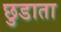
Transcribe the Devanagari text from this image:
छुडाता